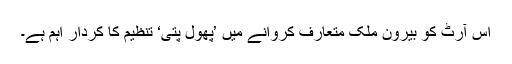
اس آرٹ کو بیرون ملک متعارف کروانے میں ’پھول پتی‘ تنظیم کا کردار اہم ہے۔